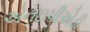
એનઇપીએડી